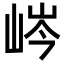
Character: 𡷴